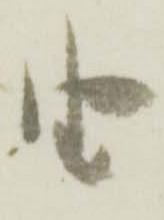
由